Civil Veterinary Department Bihar & Orissa reports 1911-21 - 1911-1921
Year: 1911
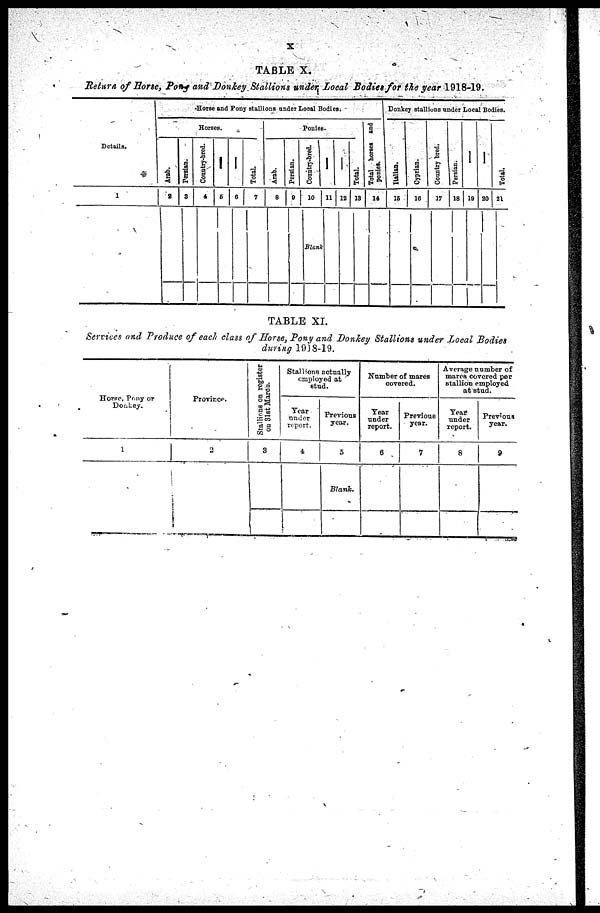
X
TABLE X.
Betitra of Horse, Pong and Donkey Stallions under Local Bodies for the year 1918-19.
Details.
1
Horse and Pony stallions under Local Bodies.
Horses.
Arab.
2
Persian.
3
Country-bred.
4
—
5
—
6
Total.
7
Ponies.
Arab.
8
Persian.
9
Country-bred.
10
—
11
Blank
—
12
Total.
13
Total horses and
ponies.
14
Donkey stallions under Local Bodies.
Italian.
15
Cyprian.
16
Country bred.
17
Persian.
18
—
19
—
20
Total.
21
TABLE XI.
Services and Produce of each class of Horse, Pony and Donkey Stallions under Local Bodies
during 1918-19.
Horse, Pony or
Donkey.
1
Province.
2
Stallions on register
on 31st Marou.
3
Stallions actually
employed at
Stud.
Year
under
report.
4
Previous
year.
5
Blank.
Number of mares
covered.
Tear
under
report.
6
Previous
year.
7
Average number of
mares covered per
stallion employed
at stud.
year
under
report.
8
Previous
year.
9